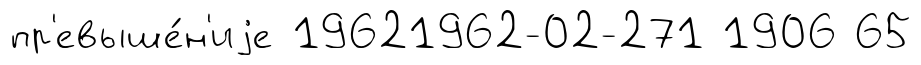
пр'евыше́н'иjе 19621962-02-271 1906 65